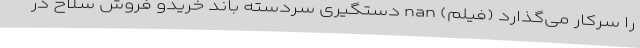
را سرکار می‌گذارد (فیلم) nan دستگیری سردسته باند خریدو فروش سلاح در